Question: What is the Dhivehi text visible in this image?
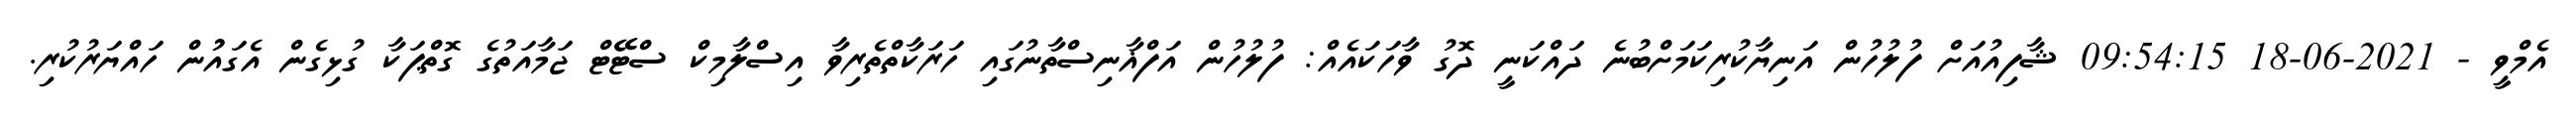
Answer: އެމްވީ - 2021-06-18 09:54:15 ޝާފިއުއަށް ފުލުހުން އަނިޔާކުރިކަމަށްބުނެ ދައްކަނީ ދޮގު ވާހަކައެއް: ފުލުހުން އަފްޣާނިސްތާނުގައި ހަރަކާތްތެރިވާ އިސްލާމިކް ސްޓޭޭޓް ޖަމާއަތުގެ ގޮތްޕަކާ ގުޅިގެން އެގައުުން ހައްޔަރުކުރި.